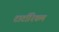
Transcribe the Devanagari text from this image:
टार्टारिकम